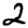
Digit: 2